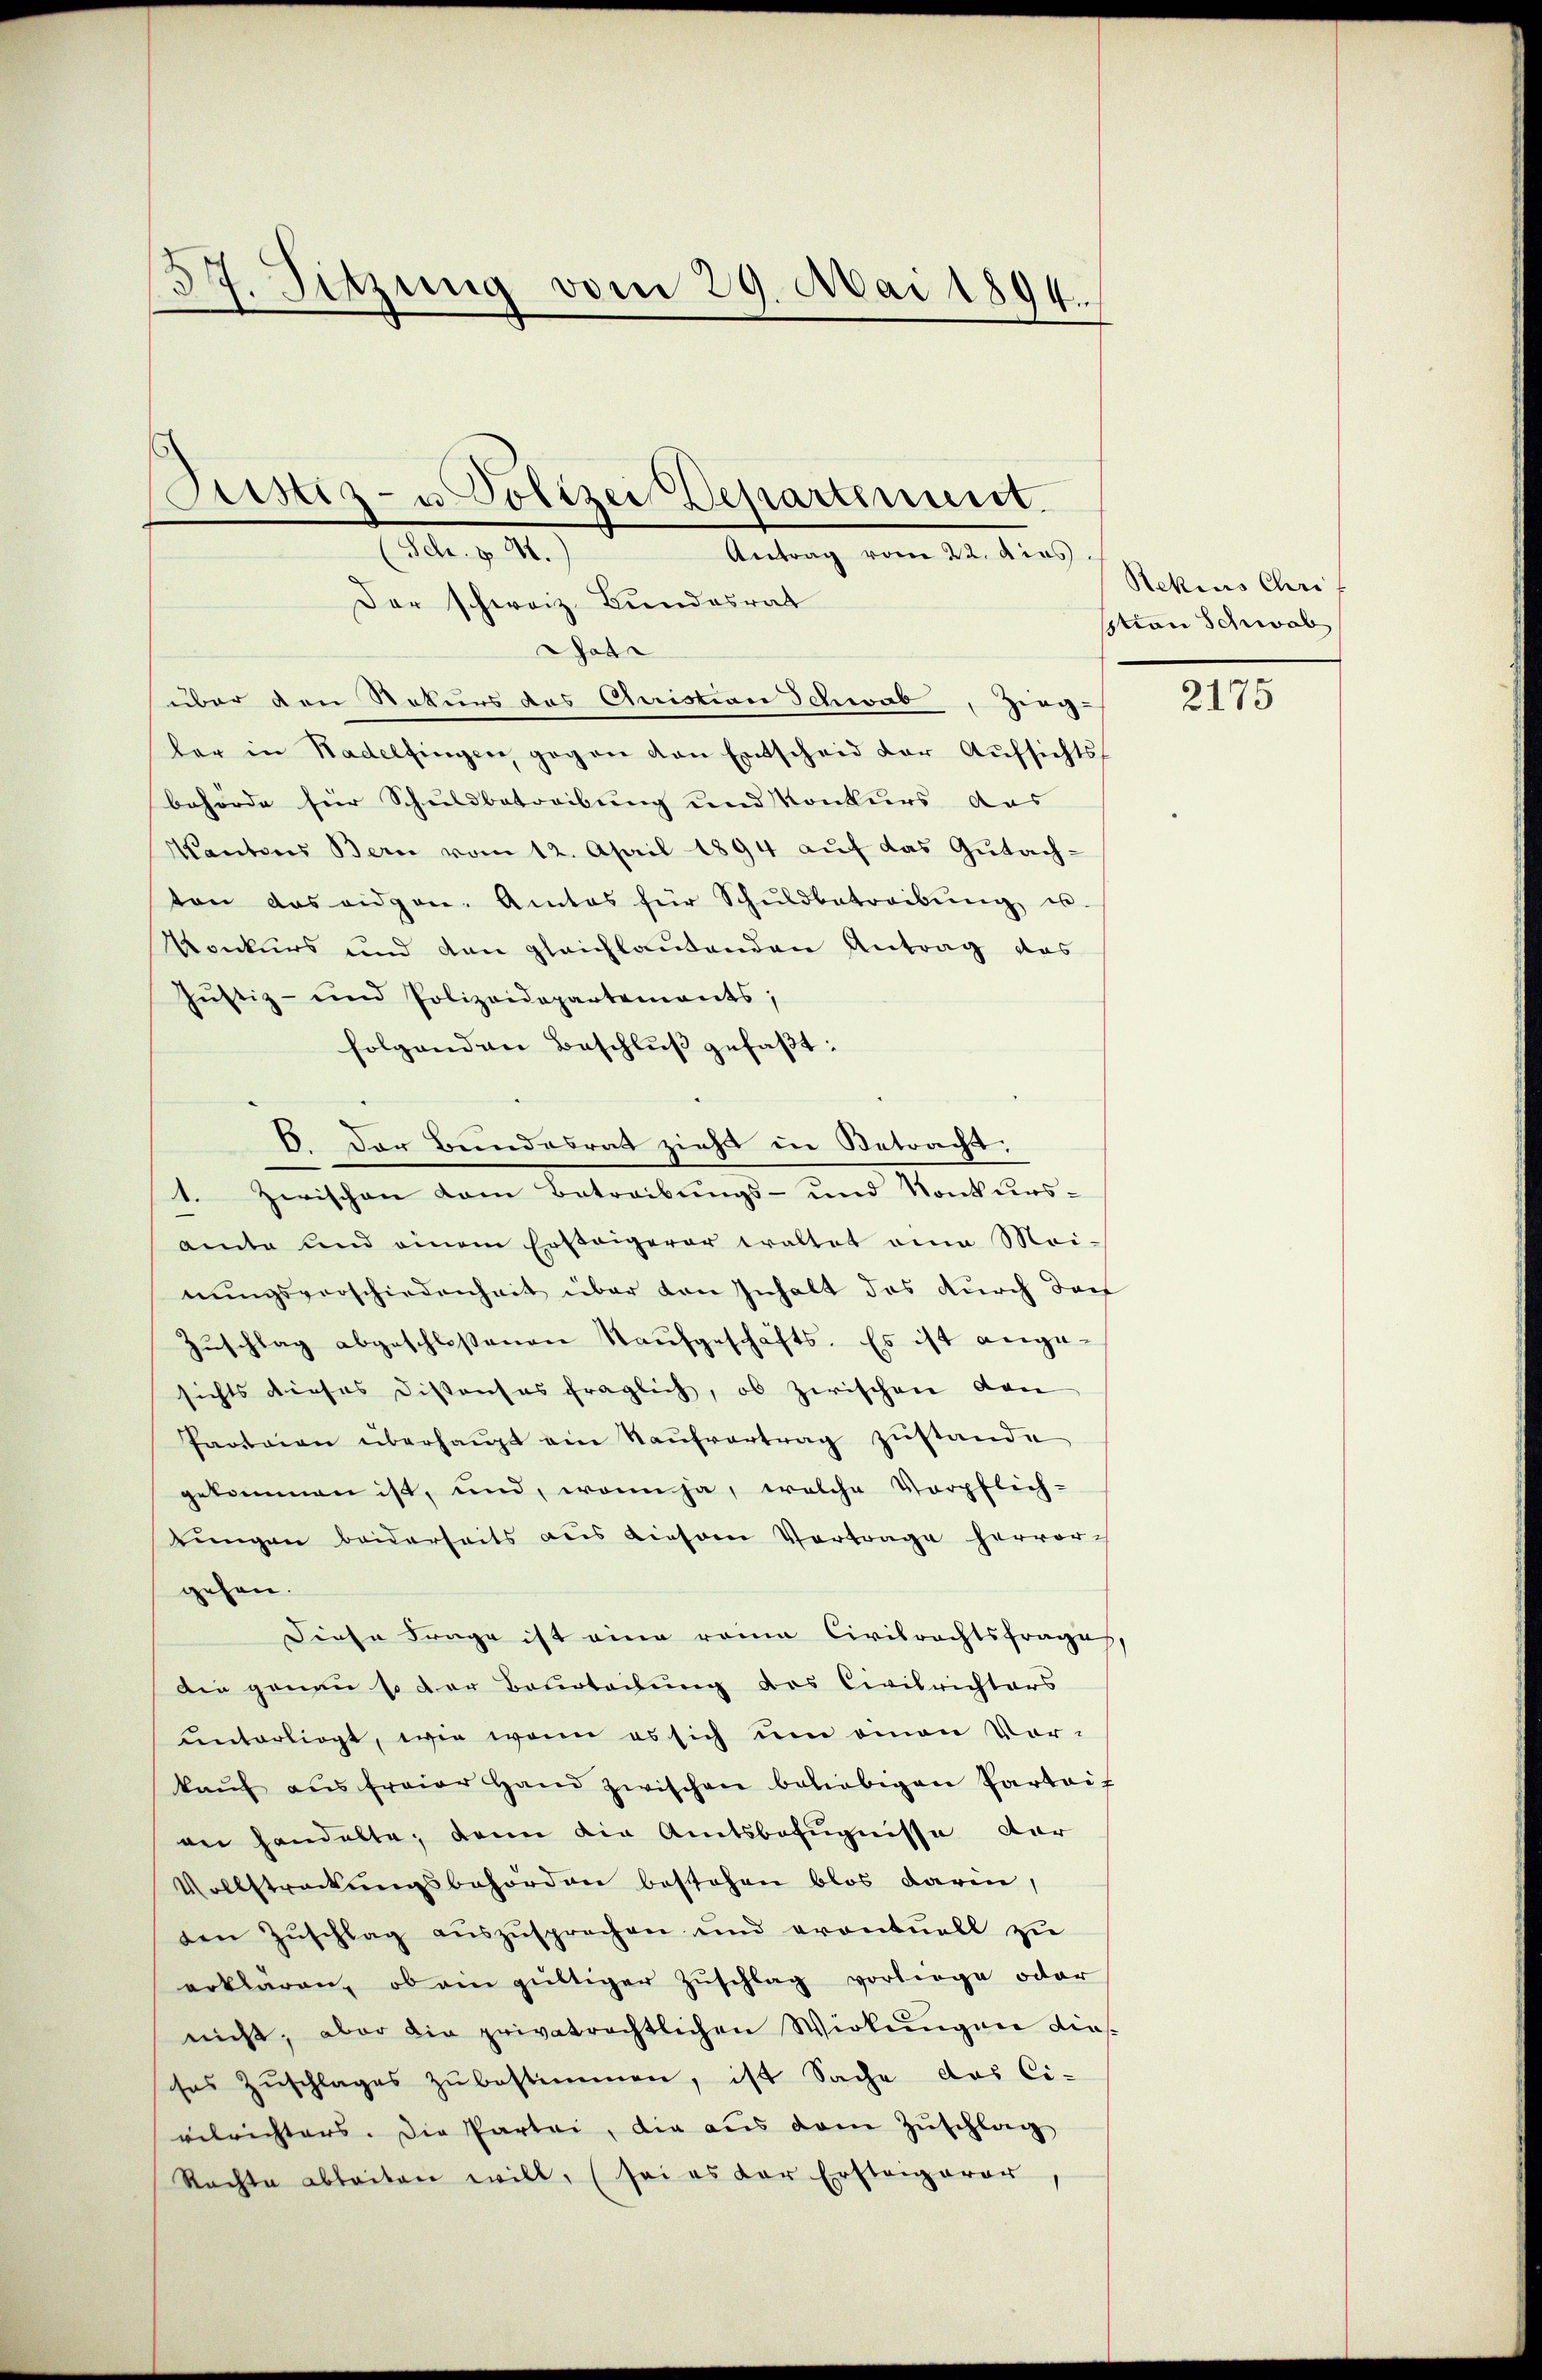
.
7. Sitzung vom 29. Mai 1894.

Justiz- u. Polizei Departenuit.
Sch. § 24.
Antrag vom 22. dies

Der schweiz. Bundesrat
Gat
über den Rekurs das Quistian Schwab, Zeug-
ler in Badelfingen gegen von Entscheid der Aŭfsichts
behörde für Schuldbetreibung und Konkurs das
Kantons Bern vom 12. April 1894 aŭf das Gŭtachton das eidgen. Amtes für Schŭldbetreibŭng u.
Vonkurs und den gleichlautenden Antrag das
Jŭstiz- und Polizeidepartements;
folgenden Beschlŭβ gefaβt:
6. Der Bundesrat ziehe in Betracht:
1. Zwischen vom Betreibungs- und Konkurs-
amte und einem Ersteigerer waltet eine Mai-
nŭngsverschiedenheit über den Inhalt das durch doch
Zŭschlag abgeschloßenen Kaufgeschäfts. Es ist ange-
sichts dieses Distanses fraglich, ob zwischen den
Paotaion überhaŭpt ein Kaŭfvertrag zŭstande
gekommen ist, und, wenn ja, welche Verpflich-
tŭngen beiderseits aus diesem Vertrage hervor-
gehen.
Diese Frage ist eine reine Civilrechtsfrages,
Die genau so der Baustachung des Civilrichters
unterliegt, wie wenn es sich um omnen Vor-
kaŭf aŭs freier Hand zwischen beliebigen Parteif
an handelte, dann die Amtsbefugnisse dar
Vollstreckungsbehörden bestehen blos darin,
den Zŭschlag aŭszŭsprechen und erontuell zŭ
erklären, ob ein gültiger Zuschlag vorliege oder
nicht, aber die privatrechtlichen Wirkungen diesses Zŭschlages zŭ bestimmen, ist Sache das Ci-
velrichters. Die Partei, die aus dem Zŭschlag
Rachte ableiten will, (sei es der Erstagerer

Rekius Chrif
stion Schwab

2175